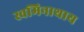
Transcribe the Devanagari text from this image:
स्वमिनाथाय